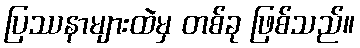
ပြဿနာများထဲမှ တစ်ခု ဖြစ်သည်။